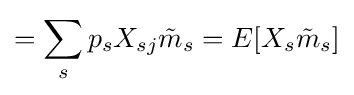
=\sum _{s}p_{s}X_{sj}{\tilde {m}}_{s}=E[X_{s}{\tilde {m}}_{s}]